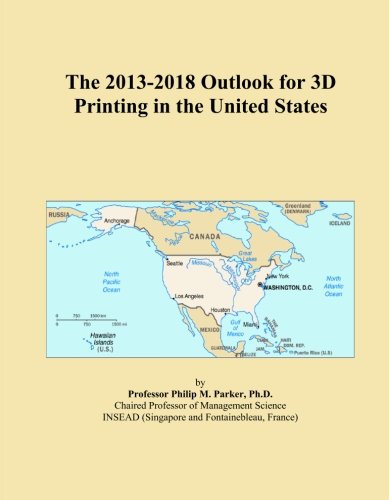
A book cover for The 2013-2018 Outlook for 3D Printing in the United States; Icon Group International; Computers & Technology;